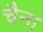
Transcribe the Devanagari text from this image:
चैना